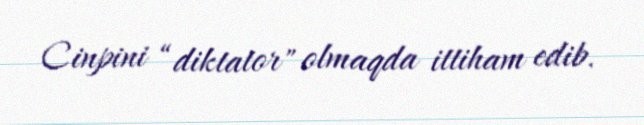
Cinpini “diktator" olmaqda ittiham edib.